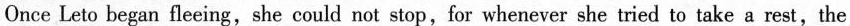
Once Leto began fleeing,she could not stop,for whenever she tried to take a rest,the